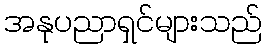
အနုပညာရှင်များသည်